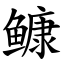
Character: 𩾌